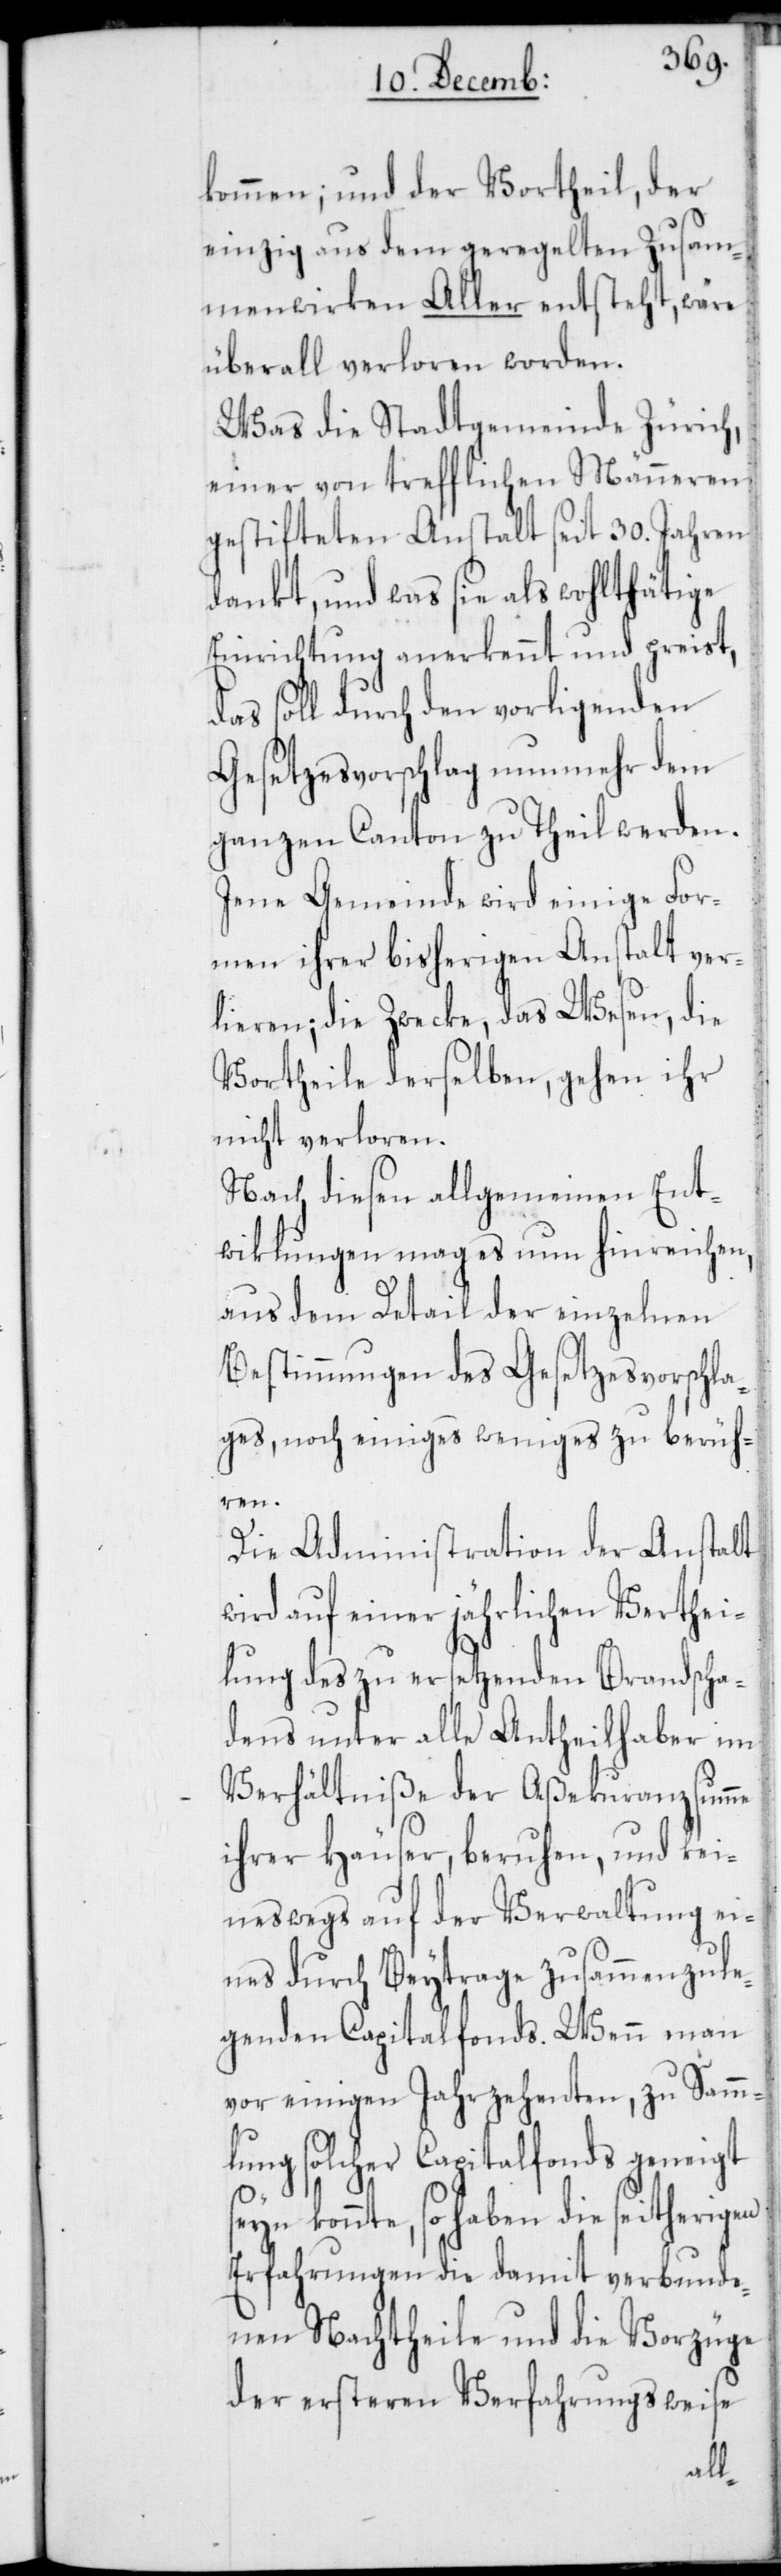
kommen; und der Vortheil, der
einzig aus dem geregelten Zusam¬
menwirken Aller entsteht, wäre
überall verloren worden.
Was die Stadtgemeinde Zürich,
einer von trefflichen Männeren
gestifteten Anstalt seit 30. Jahren
dankt, und was sie als wohlthätige
Einrichtung anerkennt und preist,
das soll durch den vorligenden
Gesetzesvorschlag nunmehr dem
ganzen Canton zu Theil werden.
Jene Gemeinde wird einige For¬
men ihrer bisherigen Anstalt ver¬
lieren; die Zwecke, das Wesen, die
Vortheile derselben, gehen ihr
nicht verloren.
Nach diesen allgemeinen Ent¬
wiklungen mag es nun hinreichen,
aus dem Detail der einzelnen
Bestimmungen des Gesetzesvorschla¬
ges, noch einiges weniges zu berüh¬
ren.
Die Administration der Anstalt
wird auf einer jährlichen Verthei¬
lung des zu ersetzenden Brandscha¬
dens unter alle Antheilhaber im
Verhältniße der Aßecuranzsumme
ihrer Häuser, beruhen, und kei¬
neswegs auf der Verwaltung ei¬
nes durch Beytrage zusammenzule¬
genden Capitalfonds. Wenn man
vor einigen Jahrzehenten, zu Samm¬
lung solcher Capitalfonds geneigt
konnte, so haben die seitherigen
Erfahrungen die damit verbunde¬
nen Nachtheile und die Vorzüge
der ersteren Verfahrungsweise